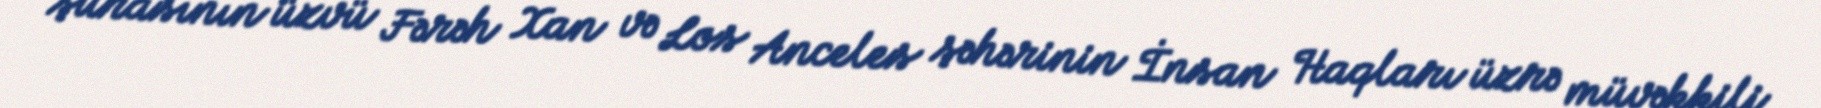
şurasının üzvü Fərəh Xan və Los Anceles şəhərinin İnsan Haqları üzrə müvəkkili